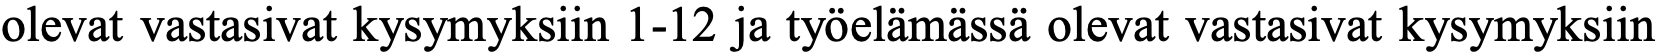
olevat vastasivat kysymyksiin 1-12 ja työelämässä olevat vastasivat kysymyksiin